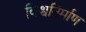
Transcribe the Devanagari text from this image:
विश्वनिर्माण